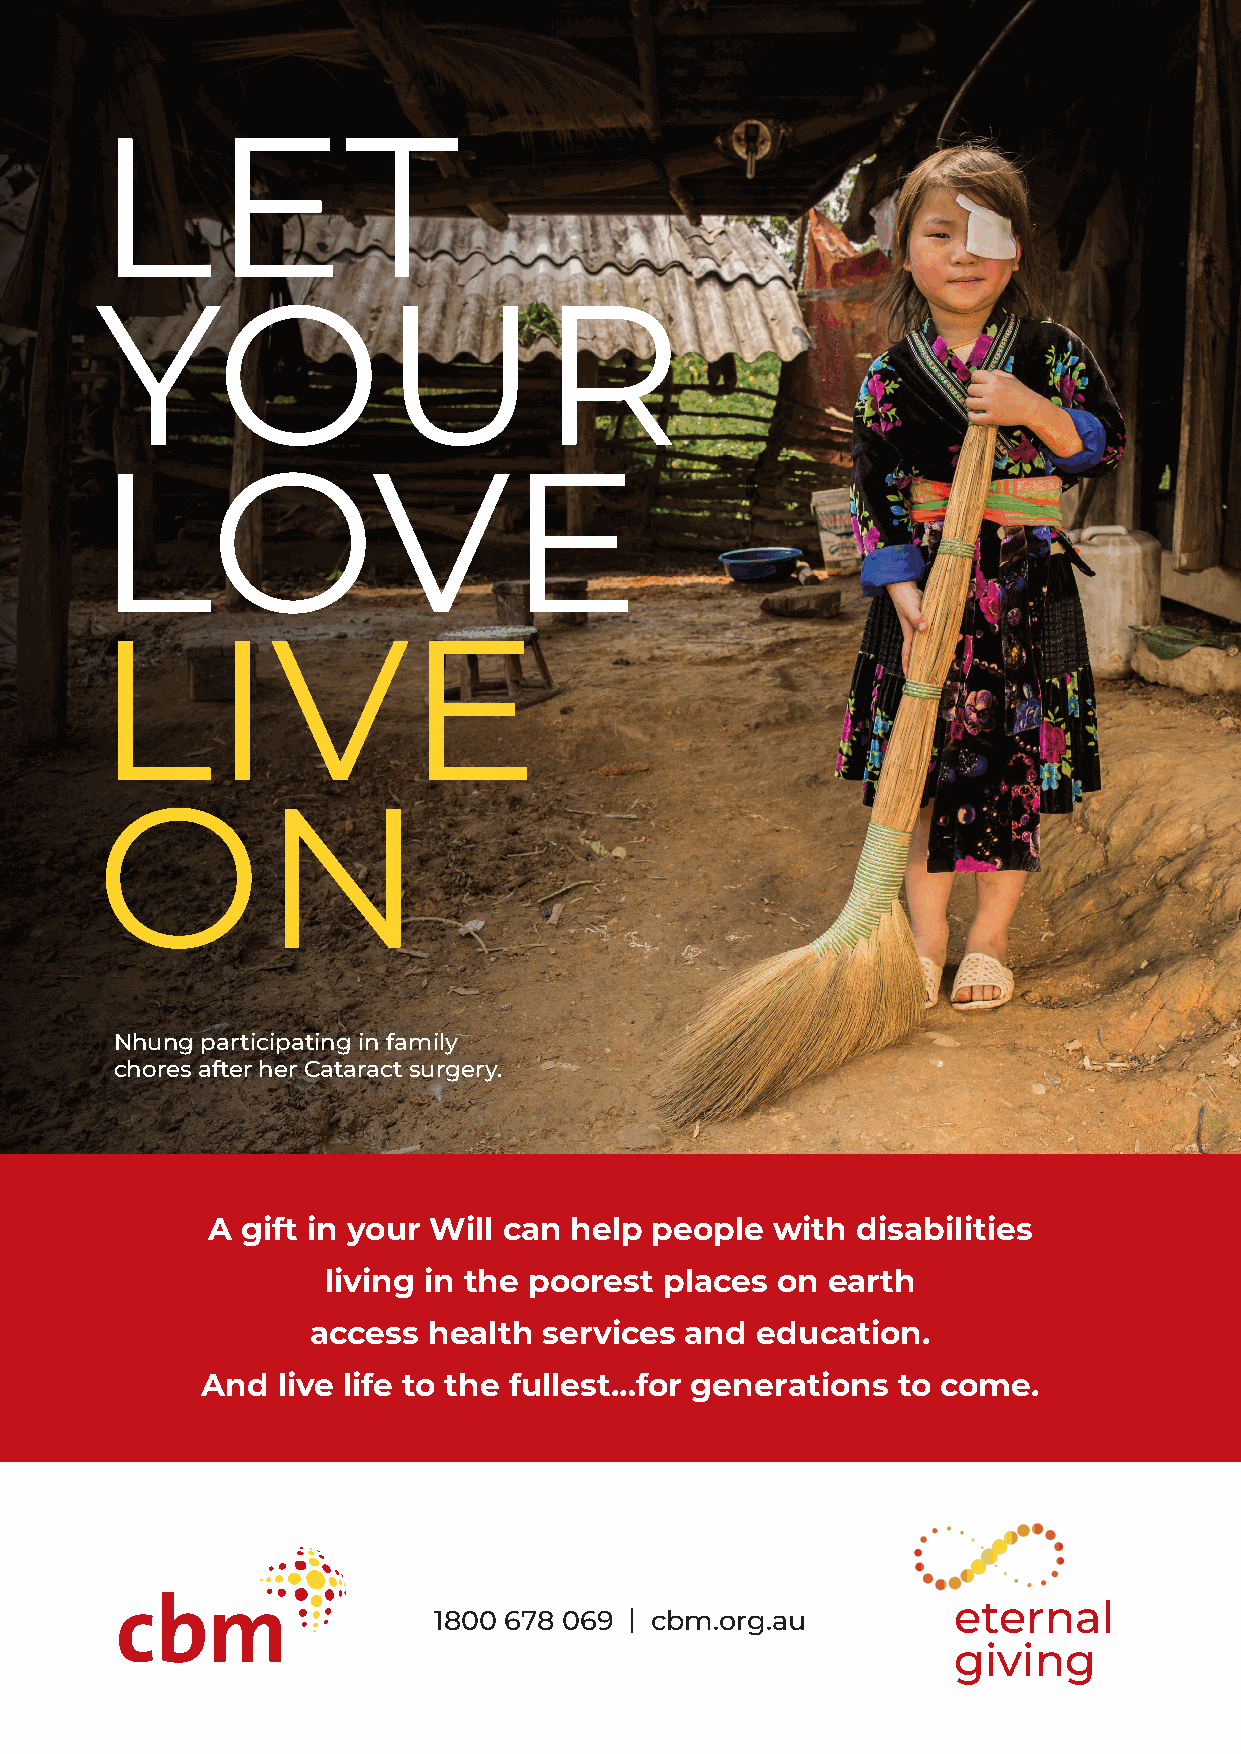
LET
 YOUR
 LOVE
 LIVE
 ON
 Nhung participating in family
 chores after her Cataract surgery.
 A gift in your Will can help people  with  disabilities
 living in the poorest places on  earth
 access health  services and  education.
 And  live life to the fullest…for generations to come.
 eternal            eternal             eternal
 1800 678 069 | cbm.org.au
 giving             giving              giving
 eternal            eternal             eternal
 giving             giving              giving